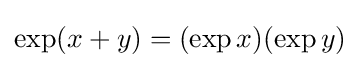
\exp(x+y)=(\exp x)(\exp y)